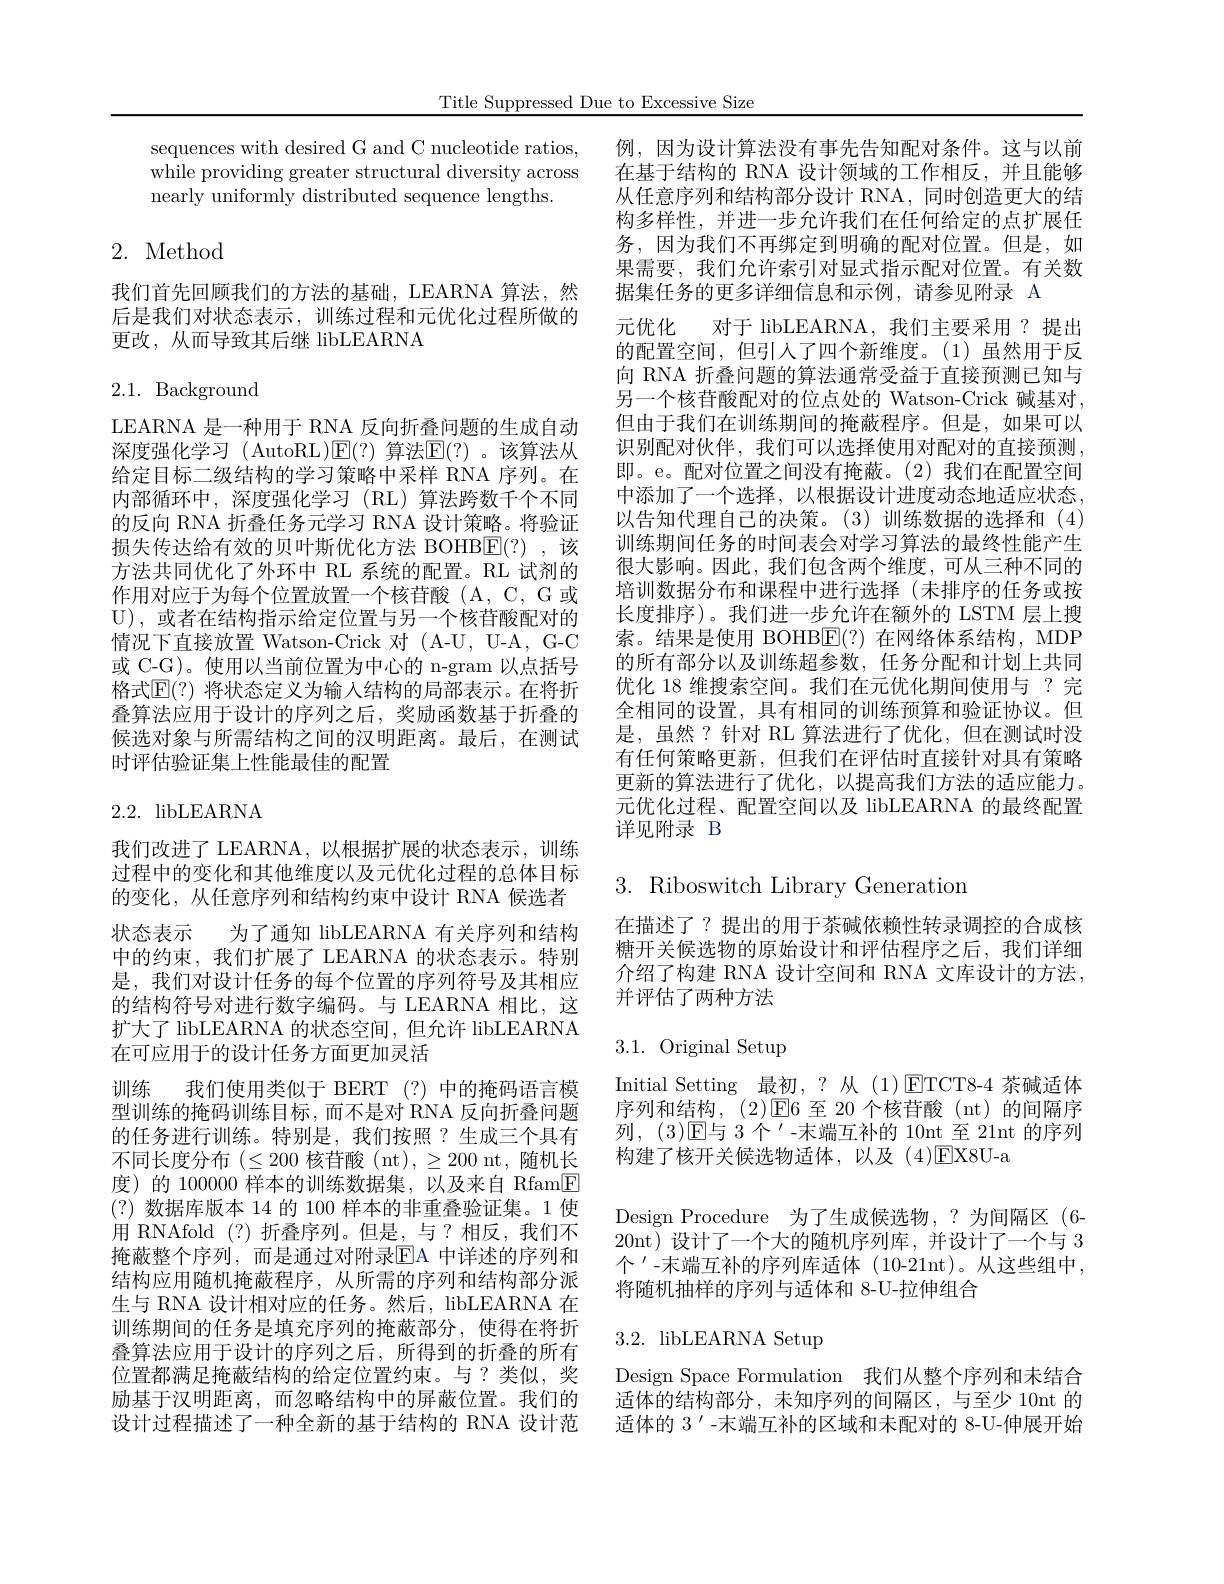
Title Suppressed Due to Excessive Size

sequences with desired G and C nucleotide ratios, 例，因为设计算法没有事先告知配对条件。这与以前while providing greater structural diversity across 在 基 于 结 构 的 RNA 设 计 领 域 的 工 作 相 反 , 并 且 能 够 while providing greater structural diversity across 在 基 于 结 构 的 RNA 设 计 领 域 的 工 作 相 反 , 并 且 能 够nearly uniformly distributed sequence lengths.

# 2. Method

我们首先回顾我们的方法的基础，LEARNA 算法，然后是我们对状态表示，训练过程和元优化过程所做的更改，从而导致其后继 libLEARNA

$2.1.{\mathrm{Background}}$

LEARNA 是一种用于 RNA 反向折叠问题的生成自动深度强化学习 ( AutoRL)$\mathbb{E}(?)$ 算法$\mathbb{E}(?)$ 。该算法从给定目标二级结构的学习策略中采样 RNA 序列。在内部循环中，深度强化学习(RL)算法跨数千个不同的反向 RNA 折叠任务元学习 RNA 设计策略。将验证损失传达给有效的贝叶斯优化方法 BOHB$\underline{\mathrm{E}}(?)$ ,该方法共同优化了外环中 RL 系统的配置。RL 试剂的作用对应于为每个位置放置一个核苷酸(A,C,G或U) , 或者在结构指示给定位置与另一个核苷酸配对的情况下直接放置 Watson-Crick 对 (A-U, U-A, G-C 或 C-G)。使用以当前位置为中心的 n-gram 以点括号格式$\mathbb{E}(?)$ 将状态定义为输入结构的局部表示。在将折叠算法应用于设计的序列之后，奖励函数基于折叠的候选对象与所需结构之间的汉明距离。最后，在测试时评估验证集上性能最佳的配置

2.2. libLEARNA

我们改进了 LEARNA,以根据扩展的状态表示，训练过程中的变化和其他维度以及元优化过程的总体目标的变化，从任意序列和结构约束中设计 RNA 候选者状态表示 为了通知 libLEARNA 有关序列和结构中的约束，我们扩展了 LEARNA 的状态表示。特别是，我们对设计任务的每个位置的序列符号及其相应的结构符号对进行数字编码。与 LEARNA 相比，这扩大了 libLEARNA 的状态空间，但允许 libLEARNA 在可应用于的设计任务方面更加灵活
训练 我们使用类似于 BERT (?)中的掩码语言模型训练的掩码训练目标，而不是对 RNA 反向折叠问题的任务进行训练。特别是，我们按照？生成三个具有不同长度分布$(\leq200$核苷酸 (nt), $\geq200$ nt,随机长度)的 100000 样本的训练数据集，以及来自 Rfam$\boxed{\mathrm{F}}$ (?)数据库版本 14 的 100 样本的非重叠验证集。1 使用 RNAfold (?) 折叠序列。但是，与？相反，我们不掩蔽整个序列，而是通过对附录EA 中详述的序列和结构应用随机掩蔽程序，从所需的序列和结构部分派生与 RNA 设计相对应的任务。然后，libLEARNA 在训练期间的任务是填充序列的掩蔽部分，使得在将折叠算法应用于设计的序列之后，所得到的折叠的所有位置都满足掩蔽结构的给定位置约束。与？类似，奖励基于汉明距离，而忽略结构中的屏蔽位置。我们的设计过程描述了一种全新的基于结构的 RNA 设计范

从任意序列和结构部分设计 RNA, 同时创造更大的结构多样性，并进一步允许我们在任何给定的点扩展任务，因为我们不再绑定到明确的配对位置。但是，如果需要，我们允许索引对显式指示配对位置。有关数据集任务的更多详细信息和示例，请参见附录 A
元优化 对于 libLEARNA,我们主要采用？提出的配置空间，但引入了四个新维度。(1)虽然用于反向 RNA 折叠问题的算法通常受益于直接预测已知与另一个核苷酸配对的位点处的 Watson-Crick 碱基对， 但由于我们在训练期间的掩蔽程序。但是，如果可以识别配对伙伴，我们可以选择使用对配对的直接预测， 即。e。配对位置之间没有掩蔽。(2)我们在配置空间中添加了一个选择，以根据设计进度动态地适应状态， 以告知代理自己的决策。(3)训练数据的选择和(4) 训练期间任务的时间表会对学习算法的最终性能产生很大影响。因此，我们包含两个维度，可从三种不同的培训数据分布和课程中进行选择(末排序的任务或按长度排序)。我们进一步允许在额外的 LSTM 层上搜索。结果是使用 BOHB$\underline{\mathrm{E}}(?)$在网络体系结构，MDP 的所有部分以及训练超参数，任务分配和计划上共同优化 18 维搜索空间。我们在元优化期间使用与 ? 完全相同的设置，具有相同的训练预算和验证协议。但是，虽然？针对 RL 算法进行了优化，但在测试时没有任何策略更新，但我们在评估时直接针对具有策略更新的算法进行了优化，以提高我们方法的适应能力。元优化过程、配置空间以及 libLEARNA 的最终配置详见附录 B

# $3.{\mathrm{~Riboswitch~Library~Generation}}$

在描述了？提出的用于茶碱依赖性转录调控的合成核糖开关候选物的原始设计和评估程序之后，我们详细介绍了构建 RNA 设计空间和 RNA 文库设计的方法， 并评估了两种方法

# 3.1. Original Setup

Initial Setting 最初，?从 (1)ETCT8-4 茶碱适体序列和结构，(2)E6至20个核苷酸(nt)的间隔序列，(3)E与 3个'-末端互补的 10nt 至 21nt 的序列构建了核开关候选物适体，以及(4)☑X8U-a
Design Procedure 为了生成候选物，?为间隔区(6- 20nt)设计了一个大的随机序列库，并设计了一个与3个 -末端互补的序列库适体(10-21nt)。从这些组中， 将随机抽样的序列与适体和 8-U-拉伸组合

# 3.2. libLEARNA Setup

Design Space Formulation 我们从整个序列和未结合适体的结构部分，未知序列的间隔区，与至少 10nt 的适体的 3 '-末端互补的区域和未配对的 8-U-伸展开始